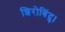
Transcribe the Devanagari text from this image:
शिरोबिंदु।